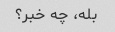
بله، چه خبر؟